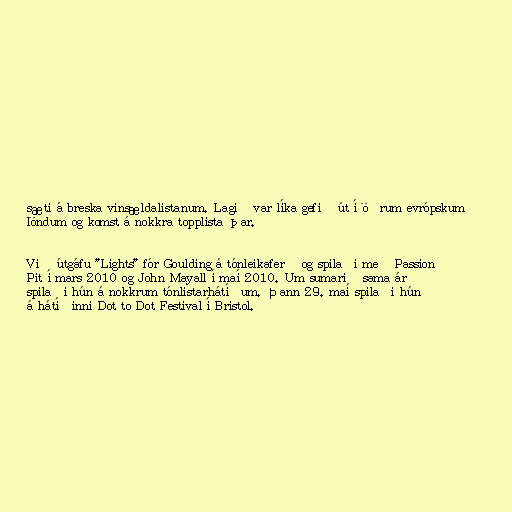
sæti á breska vinsældalistanum. Lagið var líka gefið út í öðrum evrópskum
löndum og komst á nokkra topplista þar.

Við útgáfu "Lights" fór Goulding á tónleikaferð og spilaði með Passion
Pit í mars 2010 og John Mayall í maí 2010. Um sumarið sama ár
spilaði hún á nokkrum tónlistarhátíðum. Þann 29. maí spilaði hún
á hátíðinni Dot to Dot Festival í Bristol.